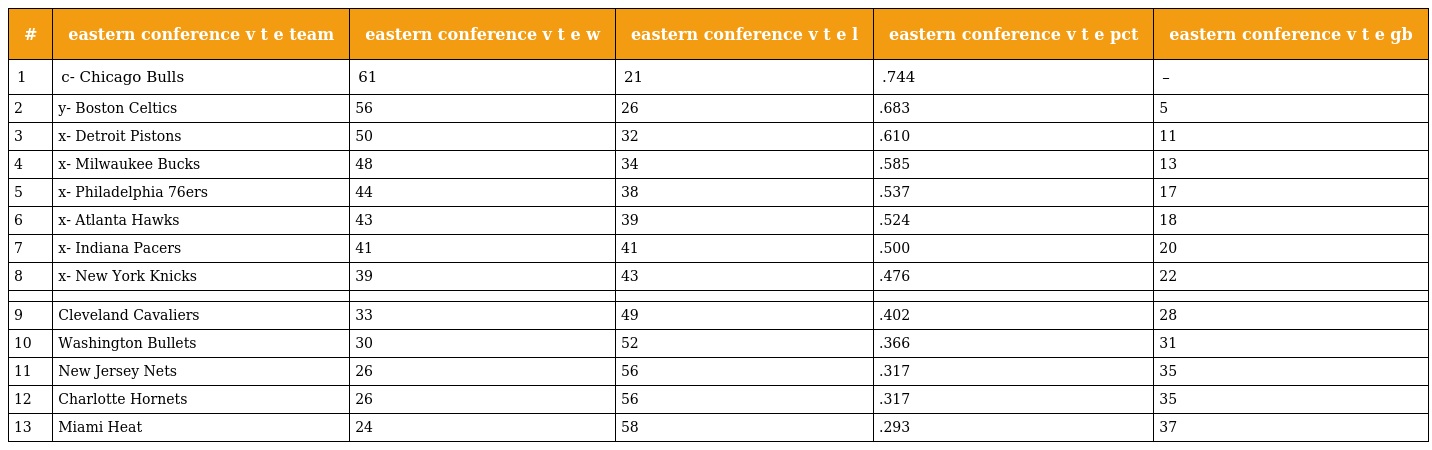
| # | eastern conference v t e team | eastern conference v t e w | eastern conference v t e l | eastern conference v t e pct | eastern conference v t e gb |
 | --- | --- | --- | --- | --- | --- |
 | 1 | c- Chicago Bulls | 61 | 21 | .744 | – |
 | 2 | y- Boston Celtics | 56 | 26 | .683 | 5 |
 | 3 | x- Detroit Pistons | 50 | 32 | .610 | 11 |
 | 4 | x- Milwaukee Bucks | 48 | 34 | .585 | 13 |
 | 5 | x- Philadelphia 76ers | 44 | 38 | .537 | 17 |
 | 6 | x- Atlanta Hawks | 43 | 39 | .524 | 18 |
 | 7 | x- Indiana Pacers | 41 | 41 | .500 | 20 |
 | 8 | x- New York Knicks | 39 | 43 | .476 | 22 |
 |  |  |  |  |  |  |
 | 9 | Cleveland Cavaliers | 33 | 49 | .402 | 28 |
 | 10 | Washington Bullets | 30 | 52 | .366 | 31 |
 | 11 | New Jersey Nets | 26 | 56 | .317 | 35 |
 | 12 | Charlotte Hornets | 26 | 56 | .317 | 35 |
 | 13 | Miami Heat | 24 | 58 | .293 | 37 |